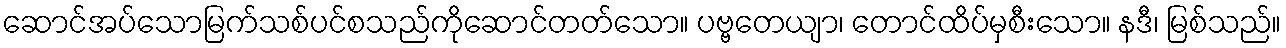
ဆောင်အပ်သောမြက်သစ်ပင်စသည်ကိုဆောင်တတ်သော။ ပဗ္ဗတေယျာ၊ တောင်ထိပ်မှစီးသော။ နဒီ၊ မြစ်သည်။